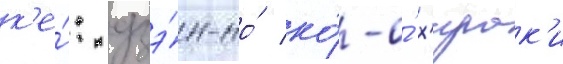
к'е́: дзэ́н-но́ ко́-о́ х'ирак'и